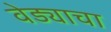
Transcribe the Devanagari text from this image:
वेड्याचा